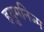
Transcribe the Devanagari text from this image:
हयुमनिज्म